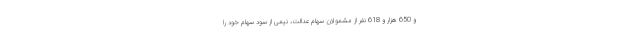
و 650 هزار و 618 نفر از مشمولان سهام عدالت، نیمی از سود سهام خود را